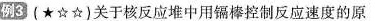
例3（★☆☆）关于核反应堆中用镉棒控制反应速度的原